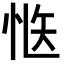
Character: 𭜱